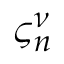
\varsigma _ { n } ^ { \nu }